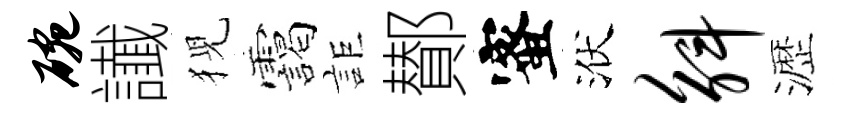
碗䜟猊靄詎鄼蜜洑斛瀝